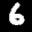
Label: 6